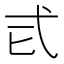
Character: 𢍾